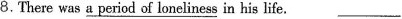
8.There was \underline{a period of loneliness} in his life.___